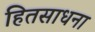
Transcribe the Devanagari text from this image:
हितसाधना